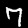
Digit: 7